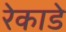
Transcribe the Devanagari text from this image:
रेकाडे